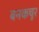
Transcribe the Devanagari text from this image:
बनकचूर